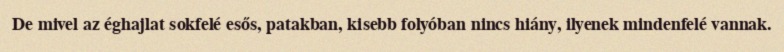
De mivel az éghajlat sokfelé esős, patakban, kisebb folyóban nincs hiány, ilyenek mindenfelé vannak.